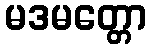
မဒမတ္တော